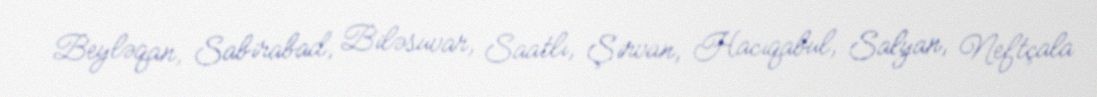
Beyləqan, Sabirabad, Biləsuvar, Saatlı, Şirvan, Hacıqabul, Salyan, Neftçala